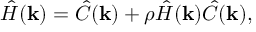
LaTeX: { \hat { H } } ( \mathbf { k } ) = { \hat { C } } ( \mathbf { k } ) + \rho { \hat { H } } ( \mathbf { k } ) { \hat { C } } ( \mathbf { k } ) ,